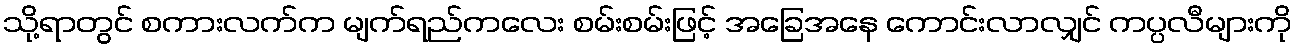
သို့ရာတွင် စကားလက်က မျက်ရည်ကလေး စမ်းစမ်းဖြင့် အခြေအနေ ကောင်းလာလျှင် ကပ္ပလီများကို